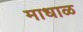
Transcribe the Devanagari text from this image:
माधाळ